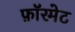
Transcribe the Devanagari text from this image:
फ़ॉरमेट